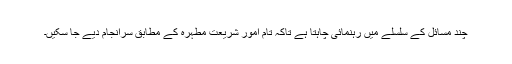
چند مسائل کے سلسلے میں رہنمائی چاہتا ہے تاکہ تام امور شریعت مطہرہ کے مطابق سرانجام دیے جا سکیں۔